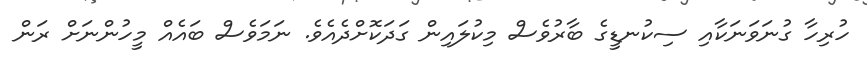
ހުރިހާ ގުނަވަނަކާއި ސިކުނޑީގެ ބާރުވެސް މިކުލައިން ގަދަކޮށްދެއެވެ. ނަމަވެސް ބައެއް މީހުންނަށް ރަން